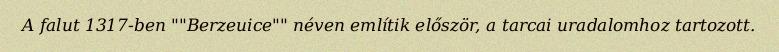
A falut 1317-ben ""Berzeuice"" néven említik először, a tarcai uradalomhoz tartozott.